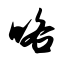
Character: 咯